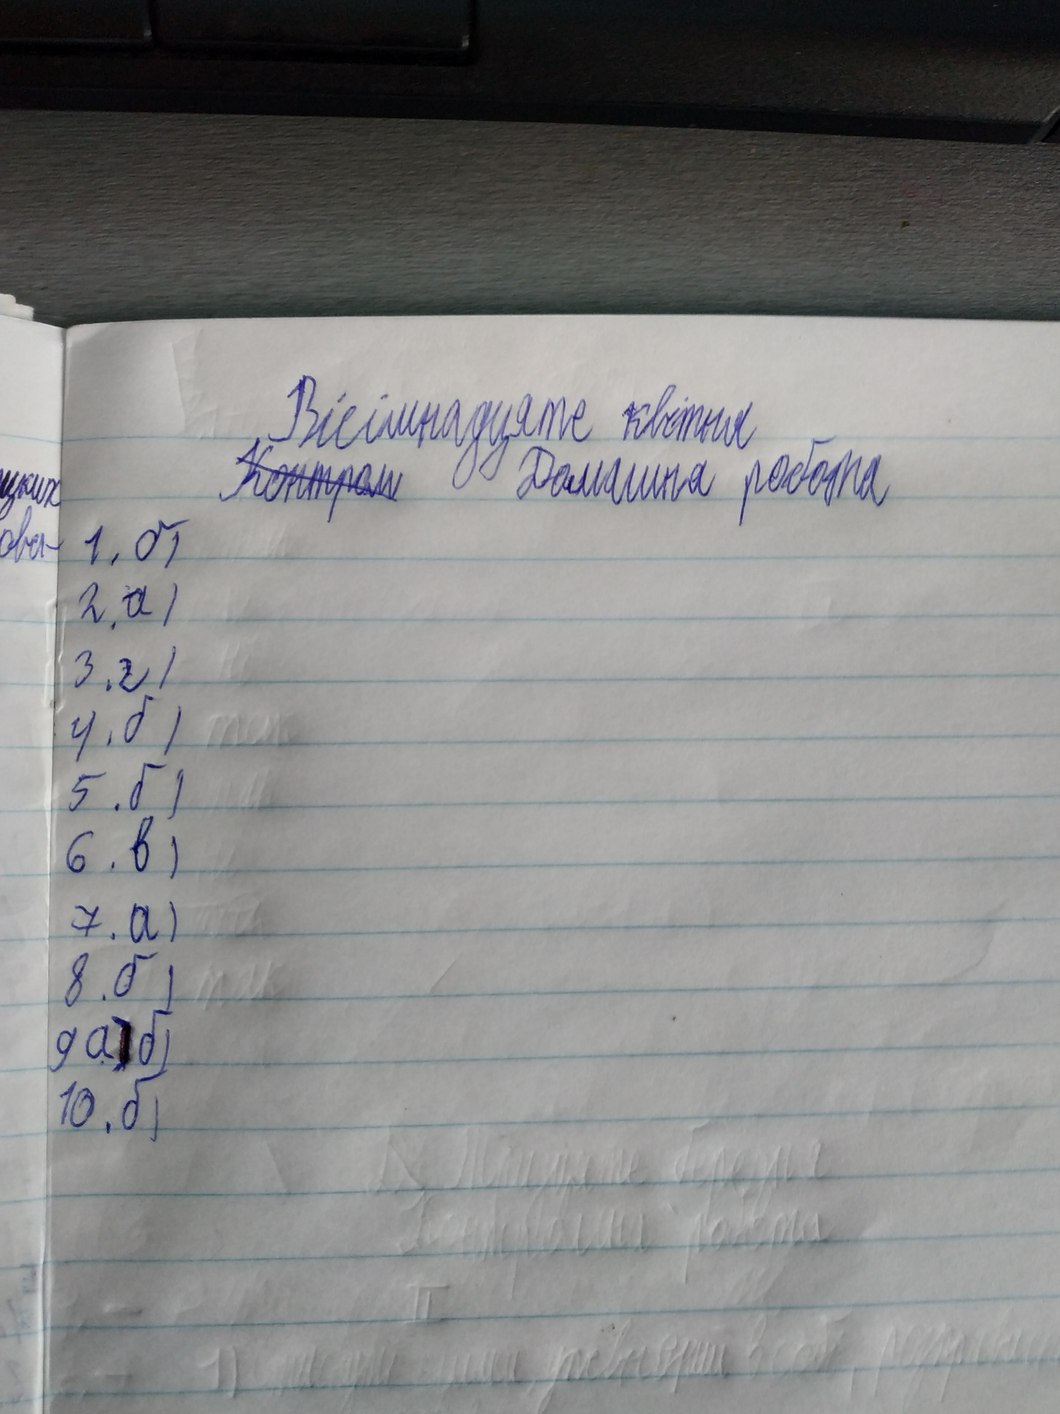
Вісімнадцяте квітня
~~Контроль~~ Домашня робота
1. б)
2. a)
3. г)
4. б)
5. б)
6. в)
7. a)
8. б)
9. а) б)
10. б)